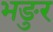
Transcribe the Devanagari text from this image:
भङुर